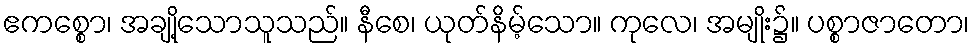
ဧကစ္စော၊ အချို့သောသူသည်။ နီစေ၊ ယုတ်နိမ့်သော။ ကုလေ၊ အမျိုး၌။ ပစ္စာဇာတော၊